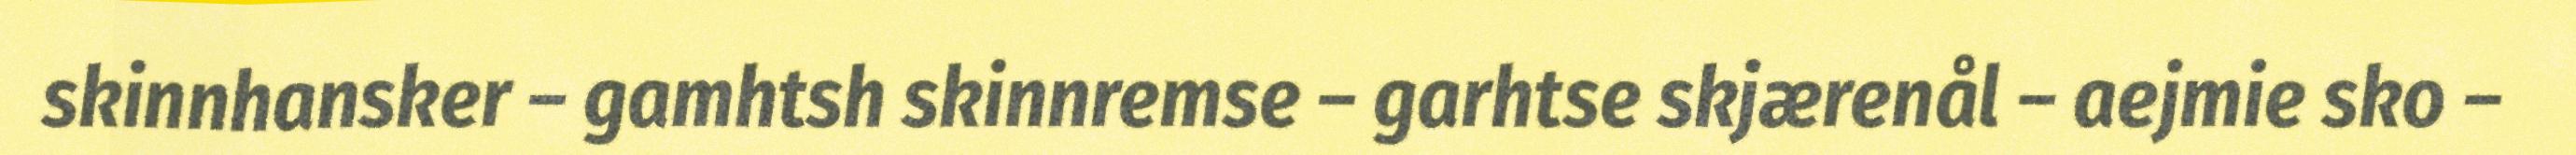
skinnhansker – gamhtsh skinnremse – garhtse skjærenål – aejmie sko –